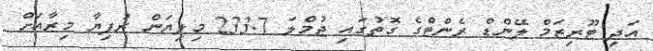
އަދި ޓޫރިޒަމް ލޭންޑް ރެންޓްގެ ގޮތުގައި ޖުމްލަ 233.7 މިލިޔަން ރުފިޔާ މިރާއަށް